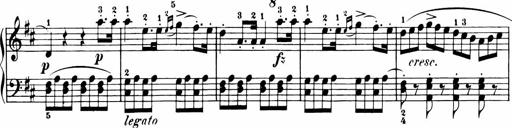
Title: 11 Sonatinas for Piano Solo
Composer: Anton Diabelli